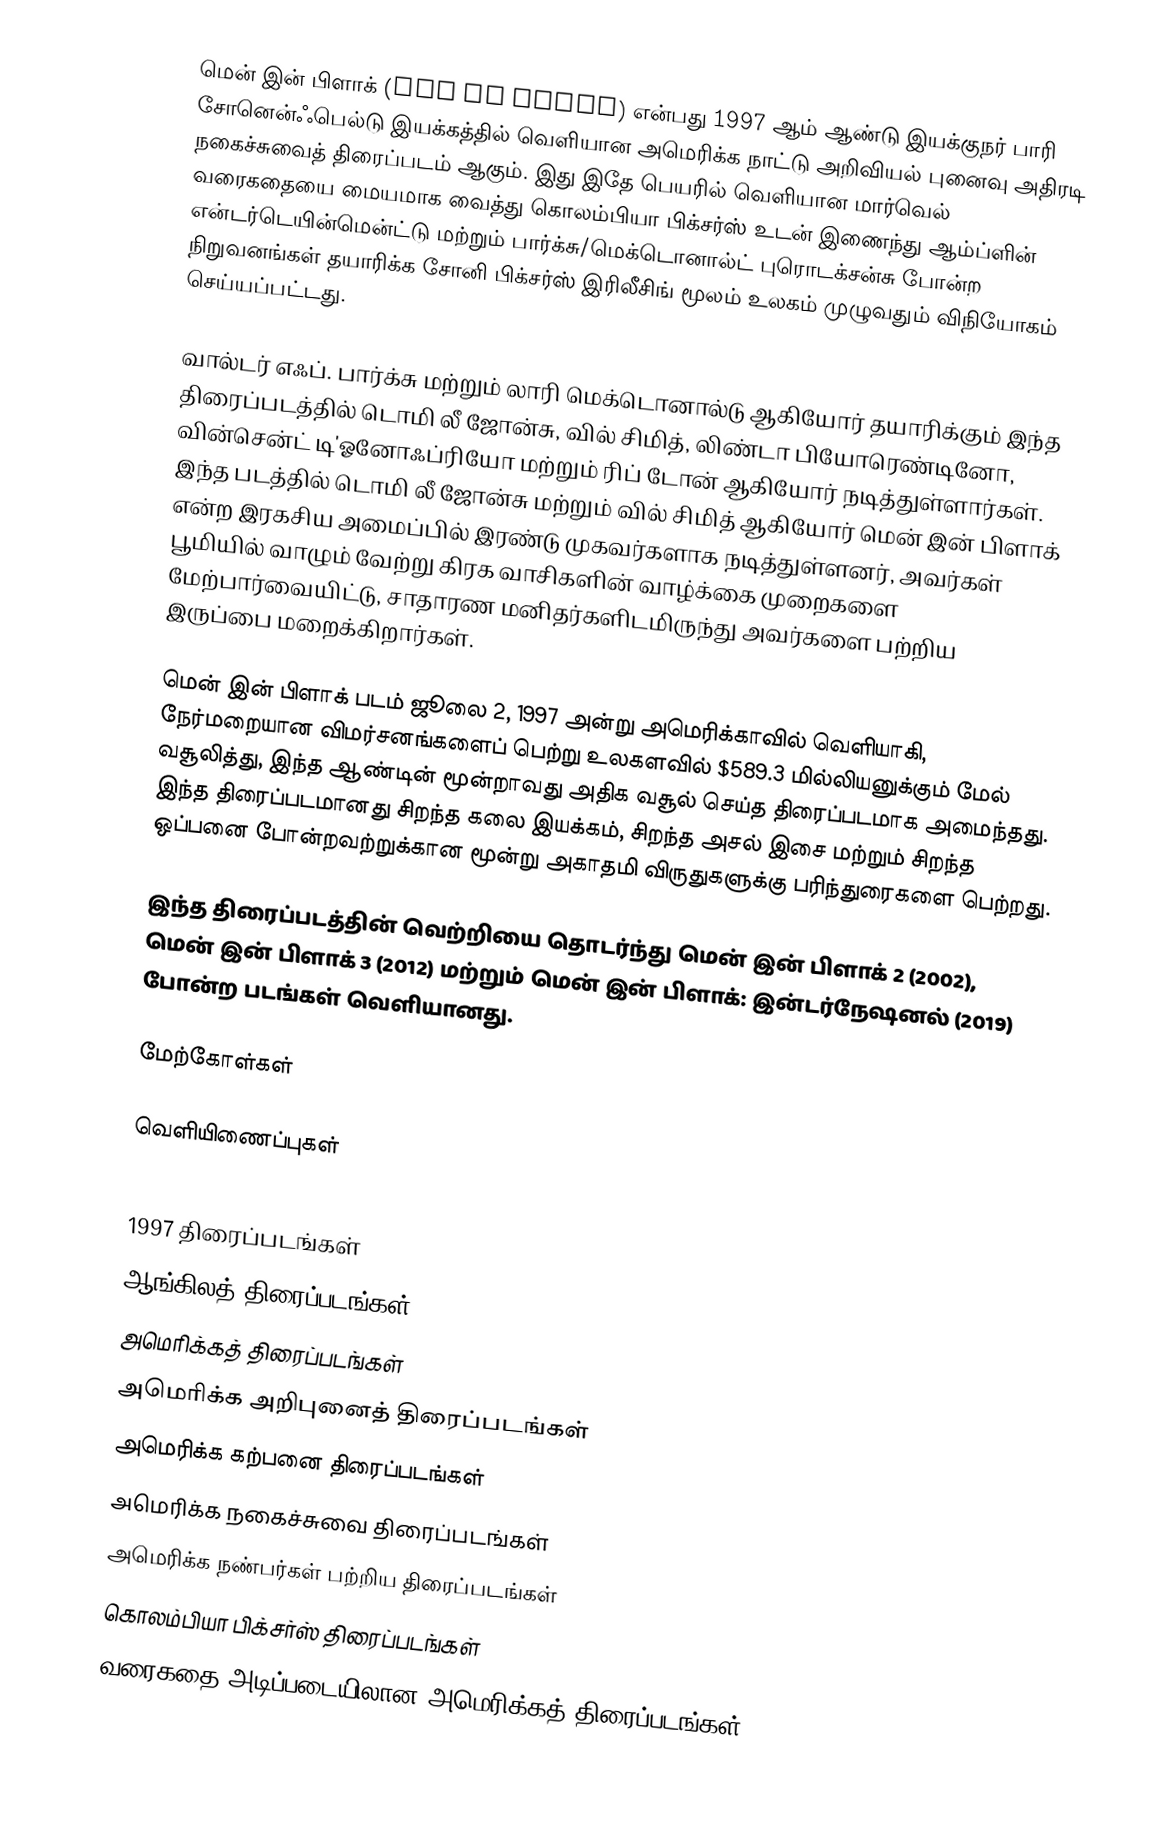
மென் இன் பிளாக் (Men in Black) என்பது 1997 ஆம் ஆண்டு இயக்குநர் பாரி சோனென்ஃபெல்டு இயக்கத்தில் வெளியான அமெரிக்க நாட்டு அறிவியல் புனைவு அதிரடி நகைச்சுவைத் திரைப்படம் ஆகும். இது இதே பெயரில் வெளியான மார்வெல் வரைகதையை மையமாக வைத்து கொலம்பியா பிக்சர்ஸ் உடன் இணைந்து ஆம்ப்ளின் என்டர்டெயின்மென்ட்டு மற்றும் பார்க்சு/மெக்டொனால்ட் புரொடக்சன்சு போன்ற நிறுவனங்கள் தயாரிக்க சோனி பிக்சர்ஸ் இரிலீசிங் மூலம் உலகம் முழுவதும் விநியோகம் செய்யப்பட்டது.

வால்டர் எஃப். பார்க்சு மற்றும் லாரி மெக்டொனால்டு ஆகியோர் தயாரிக்கும் இந்த திரைப்படத்தில் டொமி லீ ஜோன்சு, வில் சிமித், லிண்டா பியோரெண்டினோ, வின்சென்ட் டி'ஓனோஃப்ரியோ மற்றும் ரிப் டோன் ஆகியோர் நடித்துள்ளார்கள். இந்த படத்தில் டொமி லீ ஜோன்சு மற்றும் வில் சிமித் ஆகியோர் மென் இன் பிளாக் என்ற இரகசிய அமைப்பில் இரண்டு முகவர்களாக நடித்துள்ளனர், அவர்கள் பூமியில் வாழும் வேற்று கிரக வாசிகளின் வாழ்க்கை முறைகளை மேற்பார்வையிட்டு, சாதாரண மனிதர்களிடமிருந்து அவர்களை பற்றிய இருப்பை மறைக்கிறார்கள்.

மென் இன் பிளாக் படம் ஜூலை 2, 1997 அன்று அமெரிக்காவில் வெளியாகி, நேர்மறையான விமர்சனங்களைப் பெற்று உலகளவில் $589.3 மில்லியனுக்கும் மேல் வசூலித்து, இந்த ஆண்டின் மூன்றாவது அதிக வசூல் செய்த திரைப்படமாக அமைந்தது. இந்த திரைப்படமானது சிறந்த கலை இயக்கம், சிறந்த அசல் இசை மற்றும் சிறந்த ஒப்பனை போன்றவற்றுக்கான மூன்று அகாதமி விருதுகளுக்கு பரிந்துரைகளை பெற்றது.

இந்த திரைப்படத்தின் வெற்றியை தொடர்ந்து மென் இன் பிளாக் 2 (2002), மென் இன் பிளாக் 3 (2012) மற்றும் மென் இன் பிளாக்: இன்டர்நேஷனல் (2019) போன்ற படங்கள் வெளியானது.

மேற்கோள்கள்

வெளியிணைப்புகள்

1997 திரைப்படங்கள்
ஆங்கிலத் திரைப்படங்கள்
அமெரிக்கத் திரைப்படங்கள்
அமெரிக்க அறிபுனைத் திரைப்படங்கள்
அமெரிக்க கற்பனை திரைப்படங்கள்
அமெரிக்க நகைச்சுவை திரைப்படங்கள்
அமெரிக்க நண்பர்கள் பற்றிய திரைப்படங்கள்
கொலம்பியா பிக்சர்ஸ் திரைப்படங்கள்
வரைகதை அடிப்படையிலான அமெரிக்கத் திரைப்படங்கள்